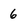
Character: 6